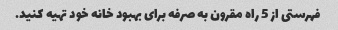
فهرستی از 5 راه مقرون به صرفه برای بهبود خانه خود تهیه کنید.